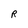
Character: R